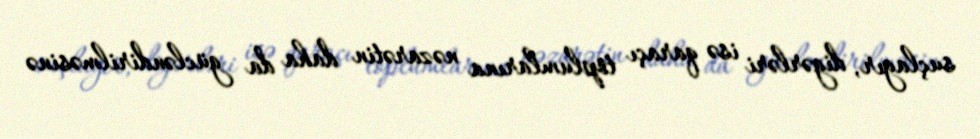
suçlayır, digərləri isə qaraçı toplumlarına nəzarətin daha da gücləndirilməsinə